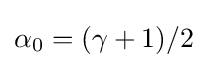
\alpha _{0}=(\gamma +1)/2